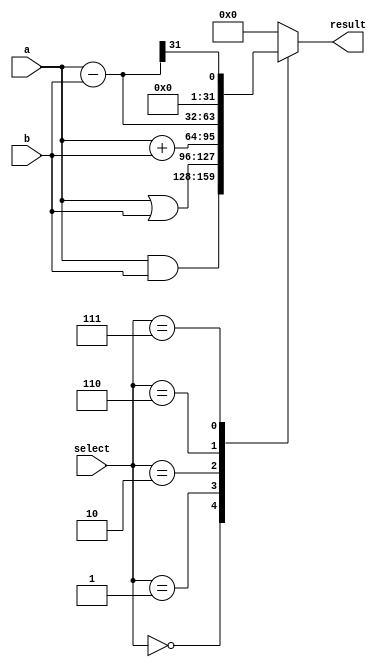
module alu(a,b,result,select);
input [31:0] a, b;
input [2:0] select;
output [31:0] result;
reg [31:0] result;
always @(a or b or select)
begin
case (select)
0: result = a & b;
1: result = a | b;
2: result = a + b;
6: result = a - b;
7: result = (a-b)>>31;
default: result = 0;
endcase
end
endmodule